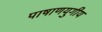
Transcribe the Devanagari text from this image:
पाषाणयुगीय